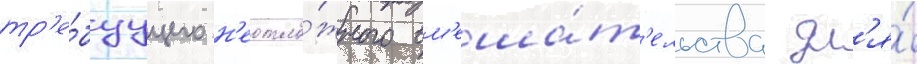
тр'е́буущего н'еотло́жного вм'еша́т'ельства дл'я́